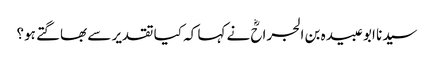
سیدنا ابو عبیدہ بن الجراحؓ نے کہا کہ کیا تقدیر سے بھاگتے ہو؟